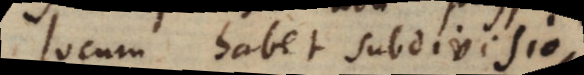
locum habet subdivisio,